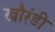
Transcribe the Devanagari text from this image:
खौरंडी